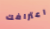
اعترافك